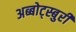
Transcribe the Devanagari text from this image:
अब्बोट्स्बुरी